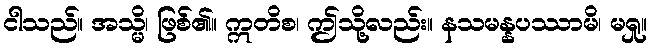
ငါသည်။ အသ္မိ၊ ဖြစ်၏။ ဣတိစ၊ ဤသို့လည်း။ နသမန္နပဿာမိ၊ မရှု။